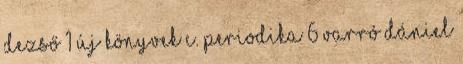
dezső 1 új könyvek c. periodika 6 varró dániel